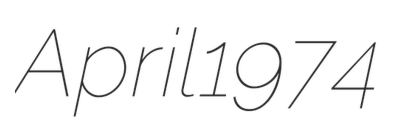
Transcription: April 1974